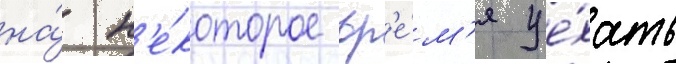
на́ н'е́которое вр'е́м'я уе́хать